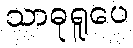
သာဓုရူပေ